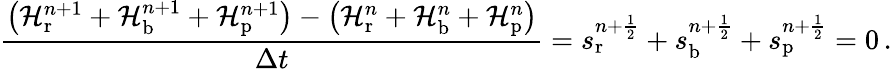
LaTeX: \frac{\left(\mathcal H_{\mathrm{r}}^{n+1}+\mathcal H_{\mathrm{b}}^{n+1}+\mathcal H_{\mathrm{p}}^{n+1}\right)-\left(\mathcal H_{\mathrm{r}}^{n}+\mathcal H_{\mathrm{b}}^{n}+\mathcal H_{\mathrm{p}}^{n}\right)}{\Delta t}=s_{\mathrm{r}}^{n+\frac 12}+s_{\mathrm{b}}^{n+\frac 12}+s_{\mathrm{p}}^{n+\frac 12}=0\, .